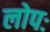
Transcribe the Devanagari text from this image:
लोपः